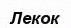
Лекок